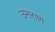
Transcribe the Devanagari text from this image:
उमराण